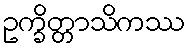
ဥက္ခိတ္တာသိကဿ